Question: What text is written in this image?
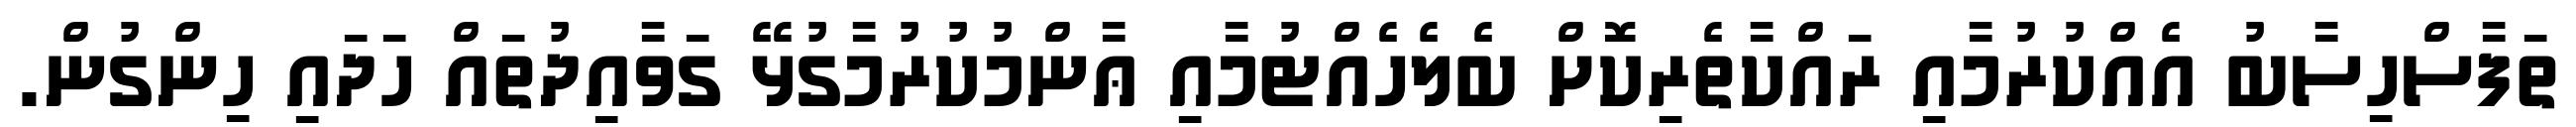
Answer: ތަފާސްހިސާބު އެއްކުރުމާއި ރައްކާތެރިކޮށް ބެލެހެއްޓުމާއި ޢާންމުކުރުމާގުޅޭ ގަވާއިދުތައް ހަދައި ހިންގުން.